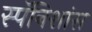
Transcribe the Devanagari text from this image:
स्पॅनिशांस